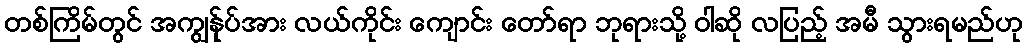
တစ်ကြိမ်တွင် အကျွန်ုပ်အား လယ်ကိုင်း ကျောင်း တော်ရာ ဘုရားသို့ ဝါဆို လပြည့် အမီ သွားရမည်ဟု